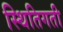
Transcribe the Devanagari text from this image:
स्थितिगती